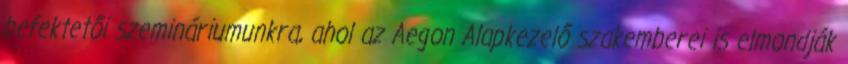
befektetői szemináriumunkra, ahol az Aegon Alapkezelő szakemberei is elmondják